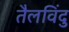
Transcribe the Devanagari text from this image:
तैलविंदु